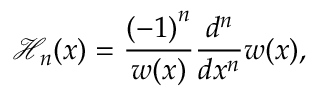
\mathcal { H } _ { n } ( x ) = \frac { { ( - 1 ) } ^ { n } } { w ( x ) } \frac { d ^ { n } } { d x ^ { n } } w ( x ) ,